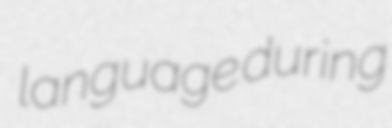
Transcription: language during